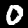
Digit: 0